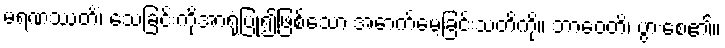
မရဏဿတိံ၊ သေခြင်းကိုအာရုံပြု၍ဖြစ်သော အောက်မေ့ခြင်းသတိကို။ ဘာဝေတိ၊ ပွားစေ၏။